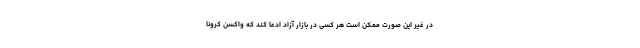
در غیر این صورت ممکن است هر کسی در بازار آزاد ادعا کند که واکسن کرونا